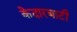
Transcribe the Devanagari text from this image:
केदारघाटी